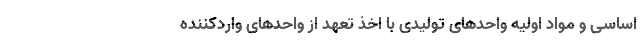
اساسی و مواد اولیه واحد‌های تولیدی با اخذ تعهد از واحد‌های واردکننده